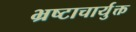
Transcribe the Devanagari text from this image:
भ्रष्टाचार्युक्त